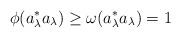
LaTeX: \begin{align*}\phi(a_\lambda^*a_\lambda)\geq \omega(a_\lambda^*a_\lambda)=1\end{align*}